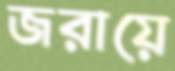
জরায়ে